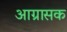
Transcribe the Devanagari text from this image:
आग्रासक